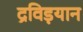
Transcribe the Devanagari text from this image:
द्रविड़यान